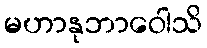
မဟာနုဘာဝေါသိ